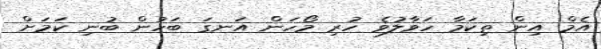
އެމް އިން ތިކަމާ ހަވާލުވެ ހުރި މޯހަން އަނގަ ބަހުން ބުނި ކަމަށް